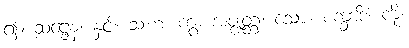
၍။ ဆဋ္ဌေန၊ နှင့်။ သဟ၊ ကွ။ အဇ္ဈတ္တံ၊ သော။ စက္ခာဒိံ၊ ကို။